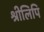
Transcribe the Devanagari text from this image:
श्रीलिपि